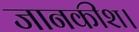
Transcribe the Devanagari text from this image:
जानकीश।